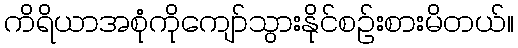
ကိရိယာအစုံကိုကျော်သွားနိုင်စဉ်းစားမိတယ်။